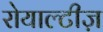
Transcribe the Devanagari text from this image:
रोयाल्टीज़